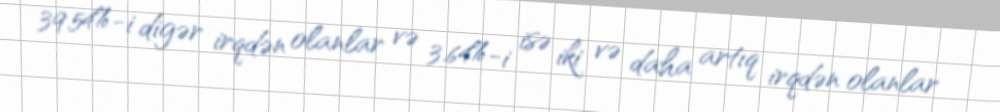
39.54%-i digər irqdən olanlar və 3.64%-i isə iki və daha artıq irqdən olanlar